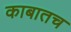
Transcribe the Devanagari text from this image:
काबातच